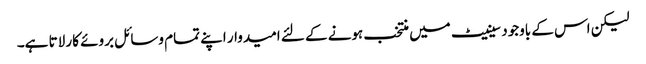
لیکن اس کے باوجود سینیٹ میں منتخب ہونے کے لئے امیدوار اپنے تمام وسائل بروئے کار لاتا ہے۔